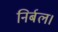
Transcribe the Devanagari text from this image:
निर्बल।